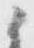
ニ